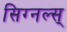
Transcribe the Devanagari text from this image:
सिग्नल्स्